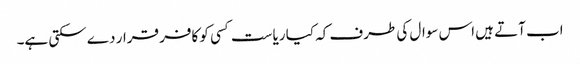
اب آتے ہیں اس سوال کی طرف کہ کیا ریاست کسی کو کافر قرار دے سکتی ہے۔